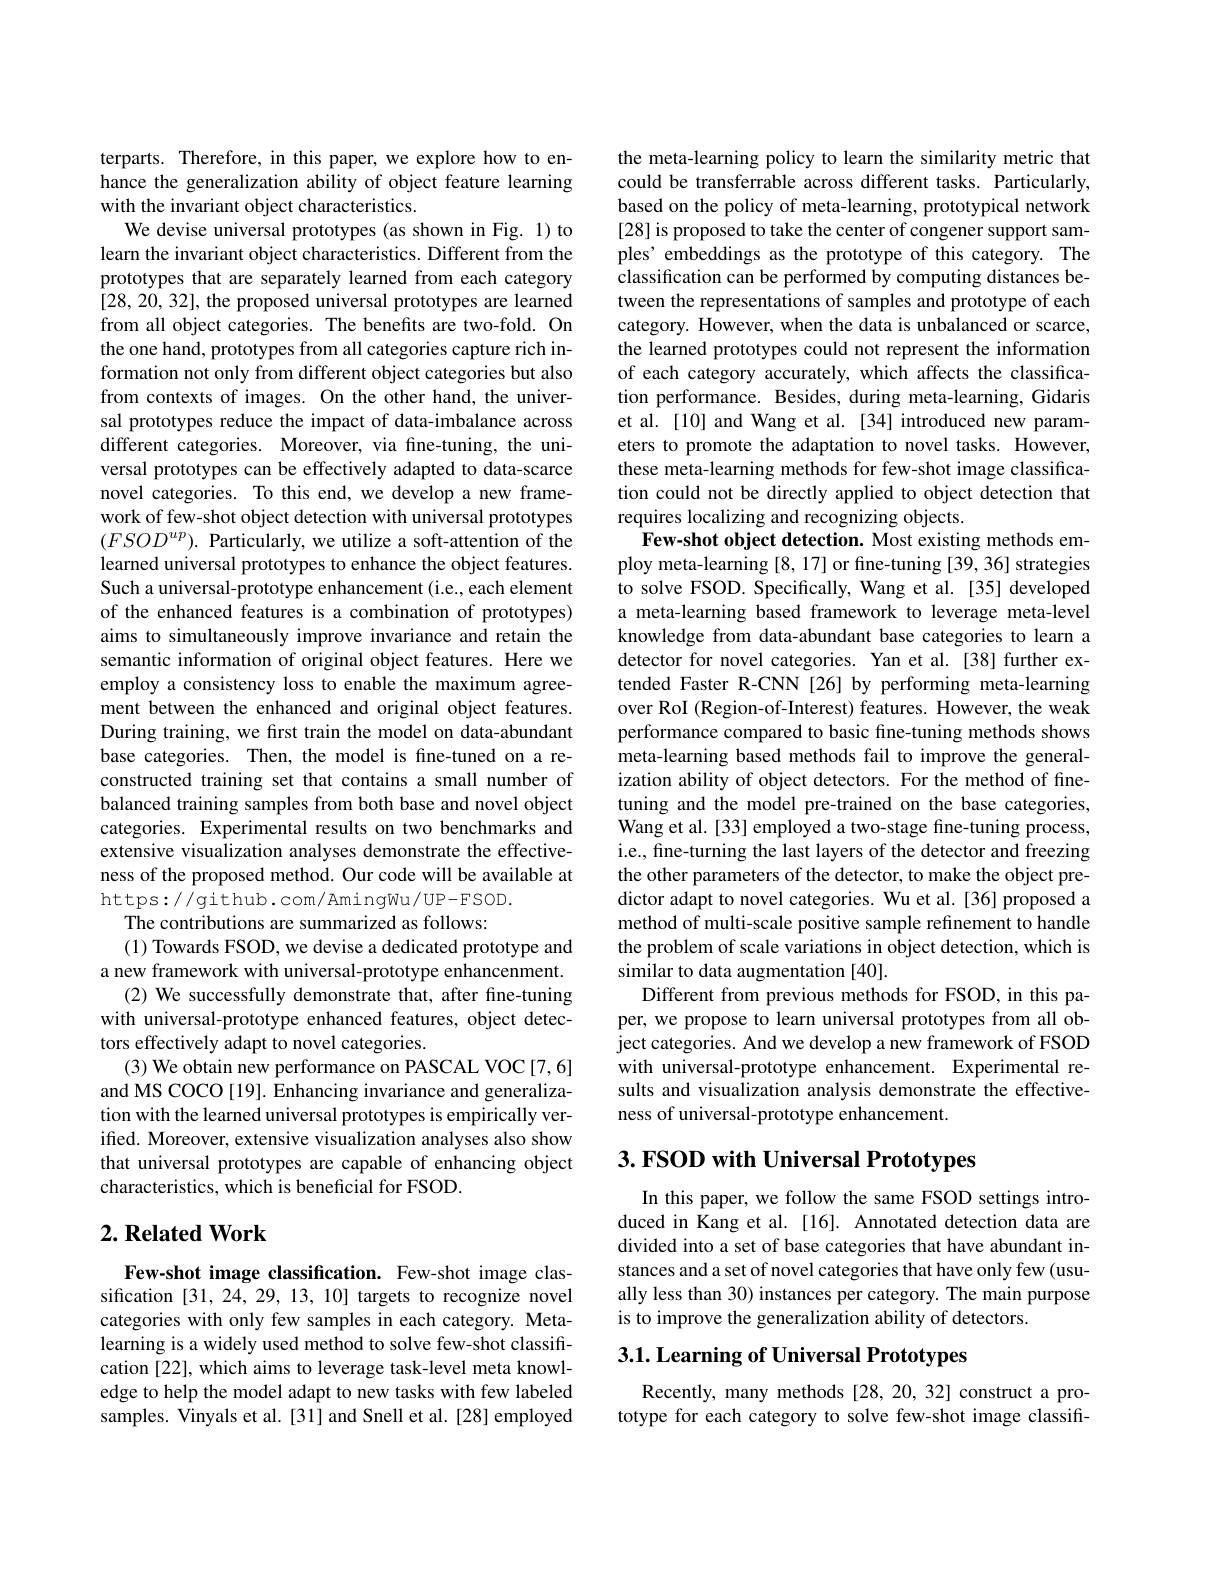
terparts. Therefore, in this paper, we explore how to enhance the generalization ability of object feature learning with the invariant object characteristics.
We devise universal prototypes (as shown in Fig. 1) to learn the invariant object characteristics. Different from the prototypes that are separately learned from each category [28,20,32],the proposed universal prototypes are learned from all object categories. The benefits are two-fold. On the one hand, prototypes from all categories capture rich information not only from different object categories but also from contexts of images. On the other hand, the universal prototypes reduce the impact of data-imbalance across different categories. Moreover, via fine-tuning, the universal prototypes can be effectively adapted to data-scarce novel categories. To this end, we develop a new framework of few-shot object detection with universal prototypes $(FSOD^{up}).$ Particularly, we utilize a soft-attention of the learned universal prototypes to enhance the object features. Such a universal-prototype enhancement (i.e., each element of the enhanced features is a combination of prototypes) aims to simultaneously improve invariance and retain the semantic information of original object features. Here we employ a consistency loss to enable the maximum agreement between the enhanced and original object features. During training, we first train the model on data-abundant base categories. Then, the model is fne-tuned on a reconstructed training set that contains a small number of balanced training samples from both base and novel object categories. Experimental results on two benchmarks and extensive visualization analyses demonstrate the effectiveness of the proposed method. Our code will be available at https://github.com/AmingWu/UP-FSOD.
The contributions are summarized as follows:
(1) Towards FSOD, we devise a dedicated prototype and a new framework with universal-prototype enhancenment.
(2) We successfully demonstrate that, after fine-tuning with universal-prototype enhanced features, object detectors effectively adapt to novel categories.
(3) We obtain new performance on PASCAL VOC[7,6] and MS COCO [19]. Enhancing invariance and generalization with the learned universal prototypes is empirically verified. Moreover, extensive visualization analyses also show that universal prototypes are capable of enhancing object characteristics, which is beneficial for FSOD.
$2. \textbf{Related Work}$

Few-shot image classification. Few-shot image classification [31,24,29,13,10] targets to recognize novel categories with only few samples in each category. Metalearning is a widely used method to solve few-shot classification [22], which aims to leverage task-level meta knowledge to help the model adapt to new tasks with few labeled samples. Vinyals et al.[31] and Snell et al.[28] employed

the meta-learning policy to learn the similarity metric that could be transferrable across different tasks. Particularly, based on the policy of meta-learning, prototypical network [28] is proposed to take the center of congener support samples' embeddings as the prototype of this category. The classification can be performed by computing distances between the representations of samples and prototype of each category. However, when the data is unbalanced or scarce, the learned prototypes could not represent the information of each category accurately, which affects the classification performance. Besides, during meta-learning, Gidaris et al.[10] and Wang et al.[34] introduced new parameters to promote the adaptation to novel tasks. However, these meta-learning methods for few-shot image classification could not be directly applied to object detection that requires localizing and recognizing objects.
Few-shot object detection. Most existing methods employ meta-learning [8,17] or fine-tuning [39,36] strategies to solve FSOD. Specifically, Wang et al. [35] developed a meta-learning based framework to leverage meta-level knowledge from data-abundant base categories to learn a detector for novel categories. Yan et al.[38] further extended Faster R-CNN [26] by performing meta-learning over RoI (Region-of-Interest) features. However, the weak performance compared to basic fine-tuning methods shows meta-learning based methods fail to improve the generalization ability of object detectors. For the method of finetuning and the model pre-trained on the base categories, Wang et al. [33] employed a two-stage fine-tuning process, i.e., fine-turning the last layers of the detector and freezing the other parameters of the detector, to make the object predictor adapt to novel categories. Wu et al. [36] proposed a method of multi-scale positive sample refinement to handle the problem of scale variations in object detection, which is similar to data augmentation [40].
Different from previous methods for FSOD, in this paper, we propose to learn universal prototypes from all object categories. And we develop a new framework of FSOD with universal-prototype enhancement. Experimental results and visualization analysis demonstrate the effectiveness of universal-prototype enhancement.
3. FSOD with Universal Prototypes

In this paper, we follow the same FSOD settings introduced in Kang et al.[16]. Annotated detection data are divided into a set of base categories that have abundant instances and a set of novel categories that have only few (usually less than 30) instances per category. The main purpose is to improve the generalization ability of detectors.

## 3.1. Learning of Universal Prototypes

Recently, many methods [28,20,32] construct a prototype for each category to solve few-shot image classifi-